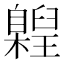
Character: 𮍝